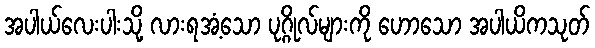
အပါယ်လေးပါးသို့ လားရအံ့သော ပုဂ္ဂိုလ်များကို ဟောသော အပါယိကသုတ်